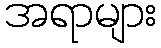
အရာများ